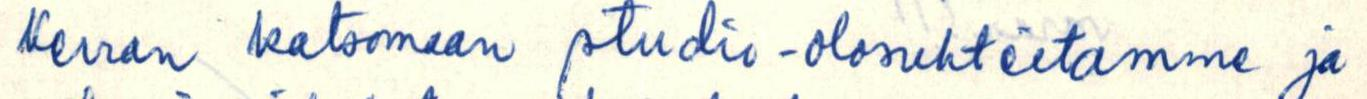
Kerran katsomaan studio-olosuhteitamme ja